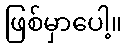
ဖြစ်မှာပေါ့။